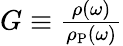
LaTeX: \begin{array}{r}{G\equiv\frac{\rho(\omega)}{\rho_{\mathrm{P}}(\omega)}}\end{array}